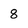
Character: 8